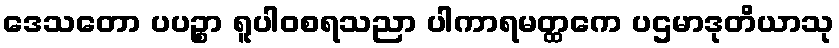
ဒေသတော ပပဉ္စာ ရူပါဝစရသညာ ပါကာရမတ္ထကေ ပဌမာဒုတိယာသု